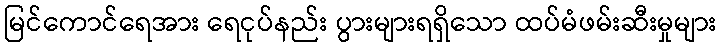
မြင်ကောင်ရေအား ရေငုပ်နည်း ပွားများရရှိသော ထပ်မံဖမ်းဆီးမှုများ